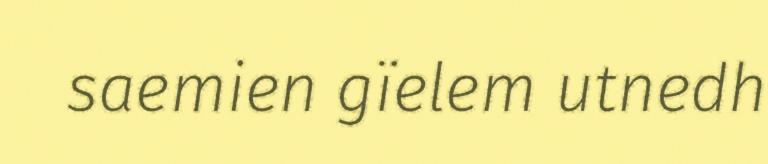
saemien gïelem utnedh